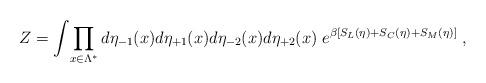
LaTeX: \begin{align*}Z = \int\! \prod_{x \in \Lambda^*}d\eta_{-1}(x) d\eta_{+1}(x) d\eta_{-2}(x) d\eta_{+2}(x) \; e^{ \beta [ S_{L} (\eta ) + S_{C} (\eta )+ S_{M} (\eta ) ]}\; ,\end{align*}